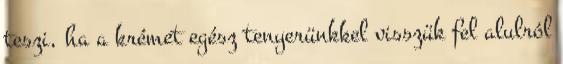
teszi, ha a krémet egész tenyerünkkel visszük fel alulról